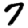
Digit: 7